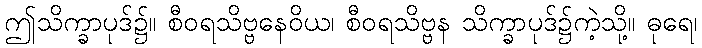
ဤသိက္ခာပုဒ်၌။ စီဝရသိဗ္ဗနေဝိယ၊ စီဝရသိဗ္ဗန သိက္ခာပုဒ်၌ကဲ့သို့။ ဓုရေ၊